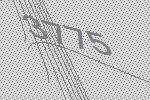
3775